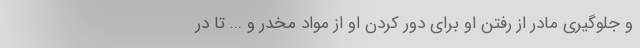
و جلوگیری مادر از رفتن او برای دور کردن او از مواد مخدر و ... تا در